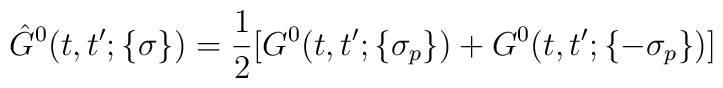
\hat G^0(t,t';\{\sigma\})= \frac{1}{2}[G^0(t,t';\{\sigma_p\})+G^0(t,t';\{-\sigma_p\})]